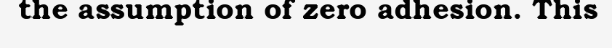
the assumption of zero adhesion. This